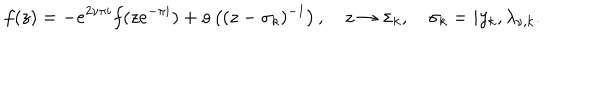
LaTeX: f ( z ) = - e ^ { 2 \nu \pi i } f ( z e ^ { - \pi i } ) + o \left( ( z - \sigma _ { k } ) ^ { - 1 } \right) , \quad z \to \sigma _ { k } , \quad \sigma _ { k } = i y _ { k } , \lambda _ { \nu , k } .